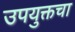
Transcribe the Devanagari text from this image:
उपयुक्तचा